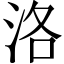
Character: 洛